Annual report of the Punjab Veterinary College and of the Civil Veterinary Department, Punjab - 1920-1925
Year: 1920
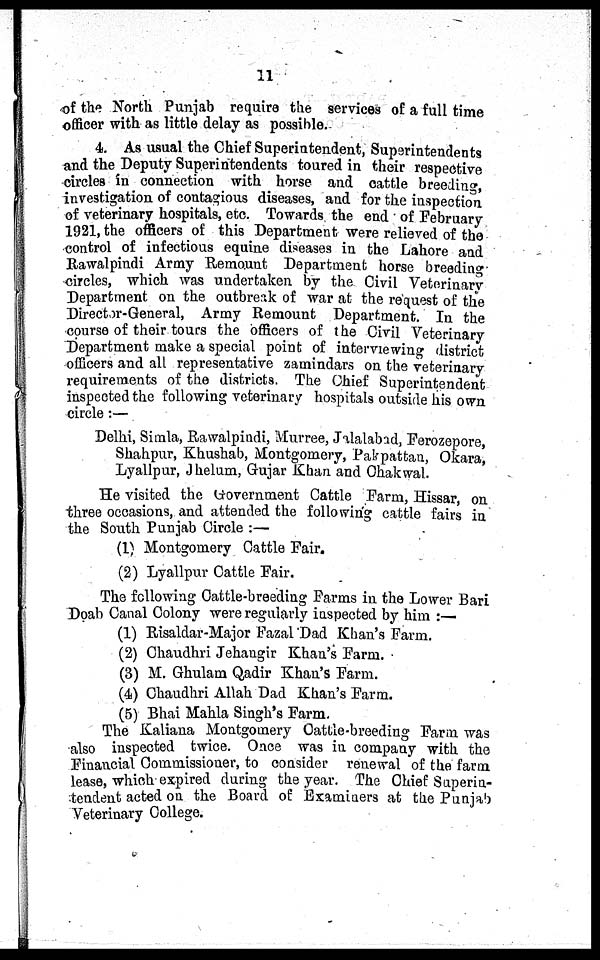
11
of the North Punjab require the services of a full time
officer with as little delay as possible.
4. As usual the Chief Superintendent, Superintendents
and the Deputy Superintendents toured in their respective
circles in connection with horse and cattle breeding,
investigation of contagious diseases, and for the inspection
of veterinary hospitals, etc. Towards the end of February
1921, the officers of this Department were relieved of the
control of infectious equine diseases in the Lahore and
Rawalpindi Army Remount Department horse breeding
circles, which was undertaken by the Civil Veterinary
Department on the outbreak of war at the request of the
Director-General, Army Remount Department. In the
course of their tours the officers of the Civil Veterinary
Department make a special point of interviewing district
officers and all representative zamindars on the veterinary
requirements of the districts. The Chief Superintendent
inspected the following veterinary hospitals outside his own
circle:—
Delhi, Simla, Rawalpindi, Murree, Jalalabad, Ferozepore,
Shahpur, Khushab, Montgomery, Pakpattan, Okara,
Lyallpur, Jhelum, Gujar Khan and Chakwal.
He visited the Government Cattle Farm, Hissar, on
three occasions, and attended the following cattle fairs in
the South Punjab Circle:—
(1) Montgomery Cattle Fair.
(2) Lyallpur Cattle Fair.
The following Cattle-breeding Farms in the Lower Bari
Doab Canal Colony were regularly inspected by him:—
(1) Risaldar-Major Fazal Dad Khan's Farm.
(2) Chaudhri Jehangir Khan's Farm.
(3) M. Ghulam Qadir Khan's Farm.
(4) Chaudhri Allah Dad Khan's Farm.
(5) Bhai Mahla Singh's Farm.
The Kaliana Montgomery Cattle-breeding Farm was
also inspected twice. Once was in company with the
Financial Commissioner, to consider renewal of the farm
lease, which expired during the year. The Chief Superin-
tendent acted on the Board of Examiners at the Punjab
Veterinary College.